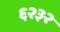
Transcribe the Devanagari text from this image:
६२३२